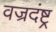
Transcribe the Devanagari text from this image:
वज्रदंष्ट्र